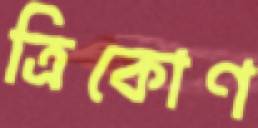
ত্রিকোণ